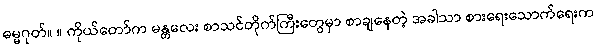
ဓမ္မဂုတ်။ ။ ကိုယ်တော်က မန္တလေး စာသင်တိုက်ကြီးတွေမှာ စာချနေတဲ့ အခါသာ စားရေးသောက်ရေးက